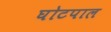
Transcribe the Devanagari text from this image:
घोटपाल